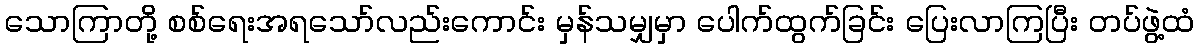
သောကြာတို့ စစ်ရေးအရသော်လည်းကောင်း မှန်သမျှမှာ ပေါက်ထွက်ခြင်း ပြေးလာကြပြီး တပ်ဖွဲ့ထံ